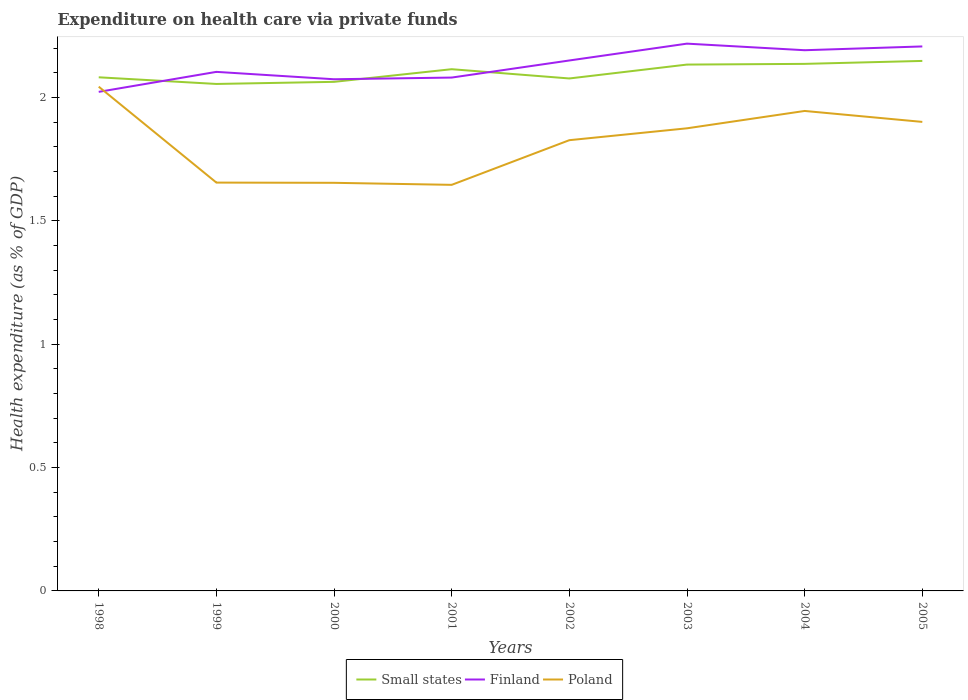
| Years | Small states | Finland | Poland |
 | --- | --- | --- | --- |
 | 1998 | 2.08 | 2.02 | 2.04 |
 | 1999 | 2.06 | 2.1 | 1.66 |
 | 2000 | 2.06 | 2.07 | 1.65 |
 | 2001 | 2.12 | 2.08 | 1.65 |
 | 2002 | 2.08 | 2.15 | 1.83 |
 | 2003 | 2.13 | 2.22 | 1.88 |
 | 2004 | 2.14 | 2.19 | 1.95 |
 | 2005 | 2.15 | 2.21 | 1.9 |